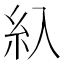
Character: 𰫗